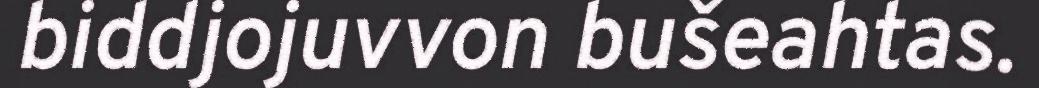
biddjojuvvon bušeahtas.